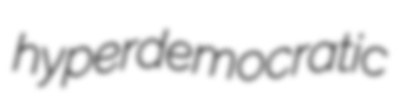
hyperdemocratic